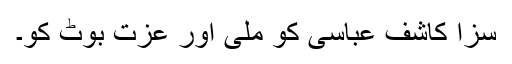
سزا کاشف عباسی کو ملی اور عزت بوٹ کو۔